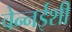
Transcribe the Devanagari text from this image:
चेन्नईशी